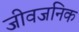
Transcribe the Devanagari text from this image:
जीवजनिक